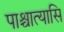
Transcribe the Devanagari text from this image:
पाश्चात्यासि